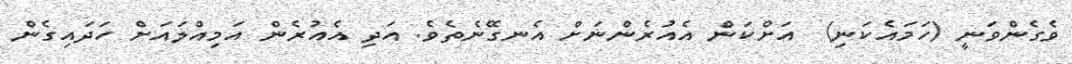
ވެގެންވަނީ (ހަމައެކަނި)  އަށްކަން އެއުރެންނަށް އެނގޭނެތެވެ. އަދި އެއުރެން އަމިއްލައަށް ހަދައިގެން